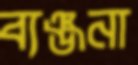
ব্যঞ্জনা